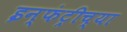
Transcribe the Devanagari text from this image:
इन्फंट्रीच्या